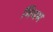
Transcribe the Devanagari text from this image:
मियम